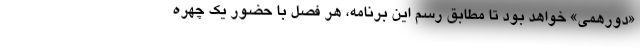
«دورهمی» خواهد بود تا مطابق رسم این برنامه، هر فصل با حضور یک چهره